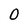
Character: 0